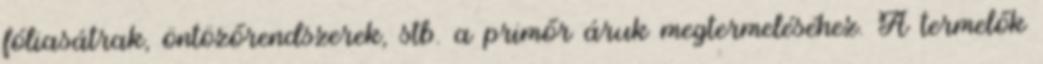
fóliasátrak, öntözőrendszerek, stb. a primőr áruk megtermeléséhez. A termelők